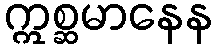
ဣစ္ဆမာနေန